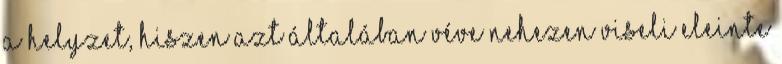
a helyzet, hiszen azt általában véve nehezen viseli eleinte